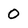
Character: 0